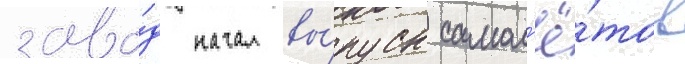
заво́д начал вы́пуск самол'ё́тов